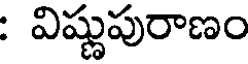
: విష్ణుపురాణం